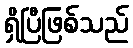
ရှိပြီဖြစ်သည်